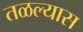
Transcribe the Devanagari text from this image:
तळल्यास